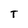
Character: T